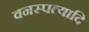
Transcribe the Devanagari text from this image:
वनस्पत्यादि